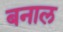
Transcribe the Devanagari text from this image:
बनाल